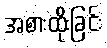
အစားထိုးခြင်း